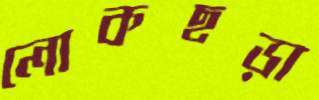
লোকছড়া